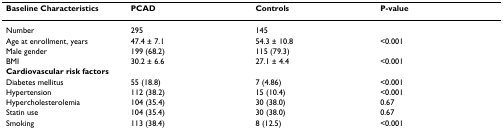
| Baseline Characteristics | PCAD | Controls | P-value |
 | --- | --- | --- | --- |
 | Number | 295 | 145 |  |
 | Age at enrollment, years | 47.4 ± 7.1 | 54.3 ± 10.8 | <0.001 |
 | Male gender | 199 (68.2) | 115 (79.3) |  |
 | BMI | 30.2 ± 6.6 | 27.1 ± 4.4 | <0.001 |
 | <COLSPAN=4> Cardiovascular risk factors |
 | Diabetes mellitus | 55 (18.8) | 7 (4.86) | <0.001 |
 | Hypertension | 112 (38.2) | 15 (10.4) | <0.001 |
 | Hypercholesterolemia | 104 (35.4) | 30 (38.0) | 0.67 |
 | Statin use | 104 (35.4) | 30 (38.0) | 0.67 |
 | Smoking | 113 (38.4) | 8 (12.5) | <0.001 |